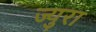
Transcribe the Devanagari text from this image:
ज्युरा